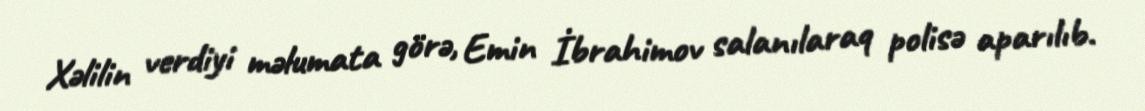
Xəlilin verdiyi məlumata görə, Emin İbrahimov salanılaraq polisə aparılıb.